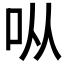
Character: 𫩛